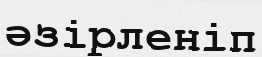
әзірленіп